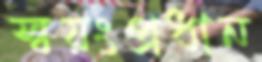
স্বয়ংপ্রধান